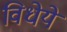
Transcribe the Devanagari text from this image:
विधेये